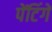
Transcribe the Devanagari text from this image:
पेंटिंगें